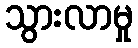
သွားလာမှု